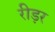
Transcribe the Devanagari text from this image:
रीड़र